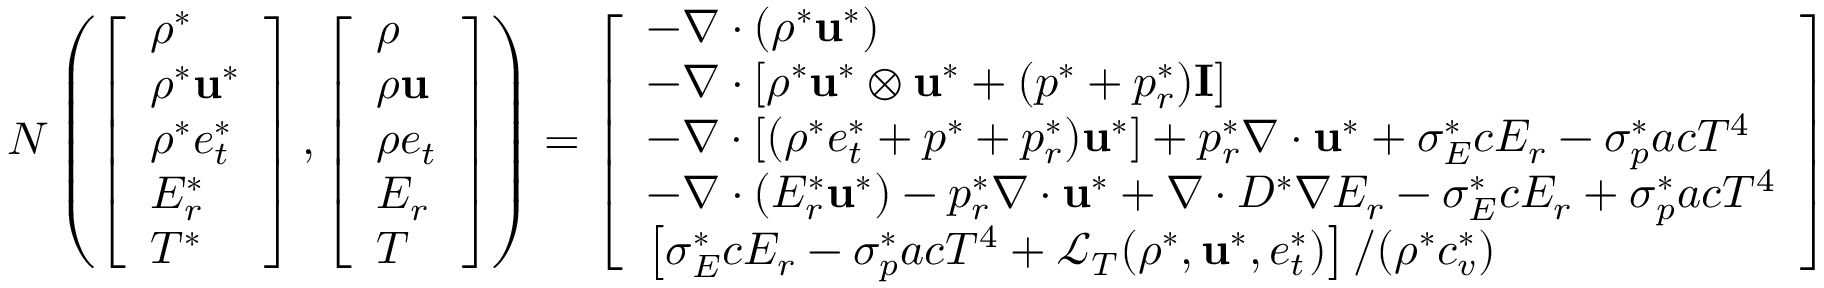
\begin{array} { r } { N \left( \left[ \begin{array} { l } { \rho ^ { * } } \\ { \rho ^ { * } \mathbf { u } ^ { * } } \\ { \rho ^ { * } e _ { t } ^ { * } } \\ { E _ { r } ^ { * } } \\ { T ^ { * } } \end{array} \right] , \left[ \begin{array} { l } { \rho } \\ { \rho \mathbf { u } } \\ { \rho e _ { t } } \\ { E _ { r } } \\ { T } \end{array} \right] \right) = \left[ \begin{array} { l } { - \nabla \cdot \left( \rho ^ { * } \mathbf { u } ^ { * } \right) } \\ { - \nabla \cdot \left[ \rho ^ { * } \mathbf { u } ^ { * } \otimes \mathbf { u } ^ { * } + ( p ^ { * } + p _ { r } ^ { * } ) \mathbf { I } \right] } \\ { - \nabla \cdot \left[ ( \rho ^ { * } e _ { t } ^ { * } + p ^ { * } + p _ { r } ^ { * } ) \mathbf { u } ^ { * } \right] + p _ { r } ^ { * } \nabla \cdot \mathbf { u } ^ { * } + \sigma _ { E } ^ { * } c E _ { r } - \sigma _ { p } ^ { * } a c T ^ { 4 } } \\ { - \nabla \cdot \left( E _ { r } ^ { * } \mathbf { u } ^ { * } \right) - p _ { r } ^ { * } \nabla \cdot \mathbf { u } ^ { * } + \nabla \cdot D ^ { * } \nabla E _ { r } - \sigma _ { E } ^ { * } c E _ { r } + \sigma _ { p } ^ { * } a c T ^ { 4 } } \\ { \left[ \sigma _ { E } ^ { * } c E _ { r } - \sigma _ { p } ^ { * } a c T ^ { 4 } + \mathcal { L } _ { T } ( \rho ^ { * } , \mathbf { u } ^ { * } , e _ { t } ^ { * } ) \right] / ( \rho ^ { * } c _ { v } ^ { * } ) } \end{array} \right] } \end{array}